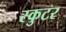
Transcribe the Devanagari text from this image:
स्कुटर